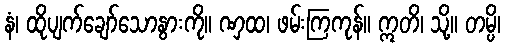
နံ၊ ထိုပျက်ချော်သောနွားကို။ ဏှထ၊ ဖမ်းကြကုန်။ ဣတိ၊ သို့။ တမ္ပိ၊